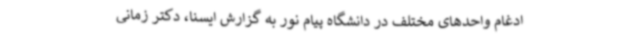
ادغام واحدهای مختلف در دانشگاه پیام نور به گزارش ایسنا، دکتر زمانی